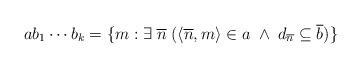
\begin{align*}a b_1 \cdots b_k = \{m: \exists \; \overline{n} \; (\langle \overline{n},m\rangle \in a \; \wedge \; d_{\overline{n}}\subseteq \overline{b})\}\end{align*}